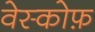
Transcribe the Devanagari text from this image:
वेस्कोफ़